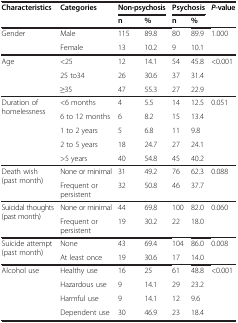
<table><thead><tr><td rowspan="2"><b>Characteristics</b></td><td rowspan="2"><b>Categories</b></td><td colspan="2"><b>Non-psychosis</b></td><td colspan="2"><b>Psychosis</b></td><td rowspan="2"><b><i>P</i>-value</b></td></tr><tr><td><b>n</b></td><td><b>%</b></td><td><b>n</b></td><td><b>%</b></td></tr></thead><tbody><tr><td rowspan="2">Gender</td><td>Male</td><td>115</td><td>89.8</td><td>80</td><td>89.9</td><td rowspan="2">1.000</td></tr><tr><td>Female</td><td>13</td><td>10.2</td><td>9</td><td>10.1</td></tr><tr><td rowspan="3">Age</td><td>&lt;25</td><td>12</td><td>14.1</td><td>54</td><td>45.8</td><td rowspan="3">&lt;0.001</td></tr><tr><td>25 to34</td><td>26</td><td>30.6</td><td>37</td><td>31.4</td></tr><tr><td>≥35</td><td>47</td><td>55.3</td><td>27</td><td>22.9</td></tr><tr><td rowspan="5">Duration of homelessness</td><td>&lt;6 months</td><td>4</td><td>5.5</td><td>14</td><td>12.5</td><td rowspan="5">0.051</td></tr><tr><td>6 to 12 months</td><td>6</td><td>8.2</td><td>15</td><td>13.4</td></tr><tr><td>1 to 2 years</td><td>5</td><td>6.8</td><td>11</td><td>9.8</td></tr><tr><td>2 to 5 years</td><td>18</td><td>24.7</td><td>27</td><td>24.1</td></tr><tr><td>&gt;5 years</td><td>40</td><td>54.8</td><td>45</td><td>40.2</td></tr><tr><td rowspan="2">Death wish (past month)</td><td>None or minimal</td><td>31</td><td>49.2</td><td>76</td><td>62.3</td><td rowspan="2">0.088</td></tr><tr><td>Frequent or persistent</td><td>32</td><td>50.8</td><td>46</td><td>37.7</td></tr><tr><td rowspan="2">Suicidal thoughts (past month)</td><td>None or minimal</td><td>44</td><td>69.8</td><td>100</td><td>82.0</td><td rowspan="2">0.060</td></tr><tr><td>Frequent or persistent</td><td>19</td><td>30.2</td><td>22</td><td>18.0</td></tr><tr><td rowspan="2">Suicide attempt (past month)</td><td>None</td><td>43</td><td>69.4</td><td>104</td><td>86.0</td><td rowspan="2">0.008</td></tr><tr><td>At least once</td><td>19</td><td>30.6</td><td>17</td><td>14.0</td></tr><tr><td rowspan="4">Alcohol use</td><td>Healthy use</td><td>16</td><td>25</td><td>61</td><td>48.8</td><td rowspan="4">&lt;0.001</td></tr><tr><td>Hazardous use</td><td>9</td><td>14.1</td><td>29</td><td>23.2</td></tr><tr><td>Harmful use</td><td>9</td><td>14.1</td><td>12</td><td>9.6</td></tr><tr><td>Dependent use</td><td>30</td><td>46.9</td><td>23</td><td>18.4</td></tr></tbody></table>